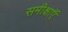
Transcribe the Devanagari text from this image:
समीक्षाऍ